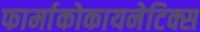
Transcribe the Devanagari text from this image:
फार्माकोकायनेटिक्स